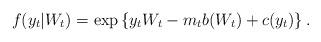
LaTeX: \begin{align*} f(y_{t}|W_t)=\exp\left\{y_{t}W_{t}- m_{t}b(W_{t}) + c(y_{t})\right\}.\end{align*}